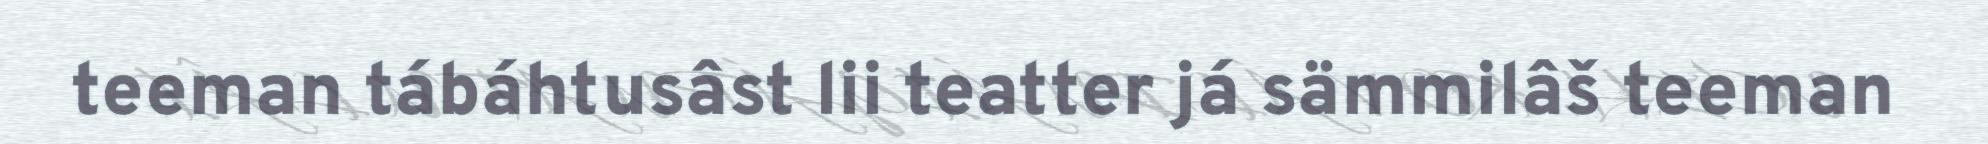
teeman tábáhtusâst lii teatter já sämmilâš teeman